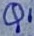
Text: Q1